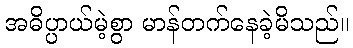
အဓိပ္ပာယ်မဲ့စွာ မာန်တက်နေခဲ့မိသည်။